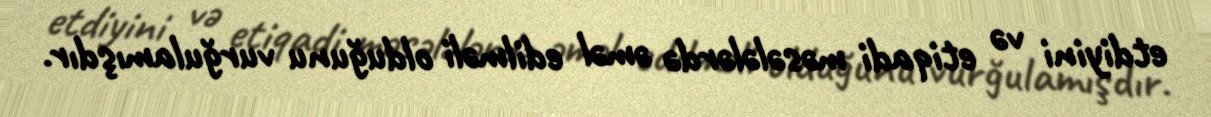
etdiyini və etiqadi məsələlərdə əməl edilməli olduğunu vurğulamışdır.